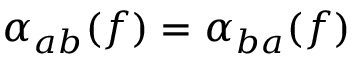
\alpha _ { a b } ( f ) = \alpha _ { b a } ( f )